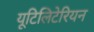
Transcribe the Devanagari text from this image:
यूटिलिटेरियन